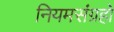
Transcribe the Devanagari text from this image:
नियमसंग्रहो